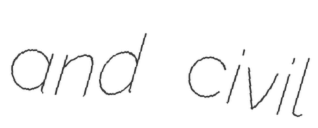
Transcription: and civil